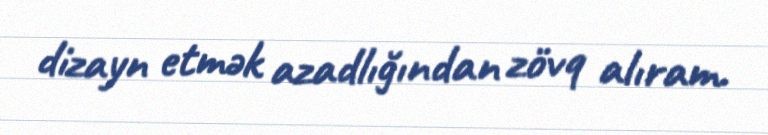
dizayn etmək azadlığından zövq alıram.